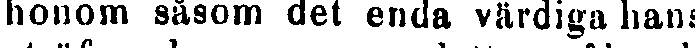
honom såsom det enda värdiga hans